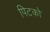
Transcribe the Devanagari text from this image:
पिटको